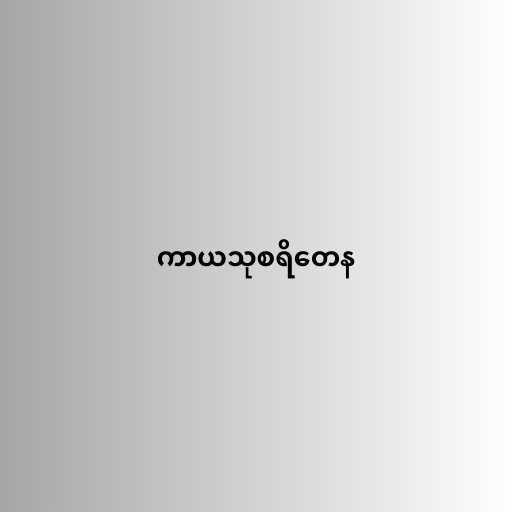
ကာယသုစရိတေန